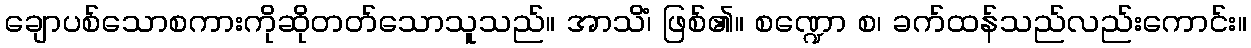
ချောပစ်သောစကားကိုဆိုတတ်သောသူသည်။ အာသိံ၊ ဖြစ်၏။ စဏ္ဍော စ၊ ခက်ထန်သည်လည်းကောင်း။